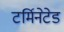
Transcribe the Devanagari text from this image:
टर्मिनेटेड